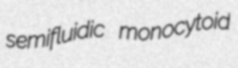
semifluidic monocytoid